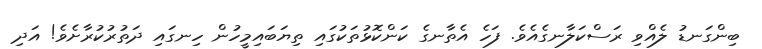
ބިންގަނޑު ލެއްވި ރަސްކަލާނގެއެވެ. ފަހެ އެތާނގެ ކަންކޮޅުތަކުގައި ތިޔަބައިމީހުން ހިނގައި ދަތުރުކުރާށެވެ! އަދި